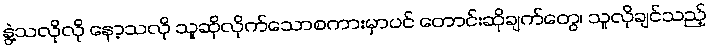
နွဲ့သလိုလို နော့သလို သူဆိုလိုက်သောစကားမှာပင် တောင်းဆိုချက်တွေ၊ သူလိုချင်သည့်